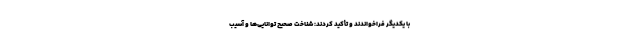
با یکدیگر فراخواندند و تأکید کردند: شناخت صحیح توانایی‌ها و آسیب‌